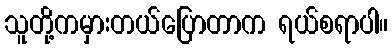
သူတို့ကမှားတယ်ပြောတာက ရယ်စရာပါ။